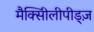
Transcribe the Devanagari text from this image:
मैक्सीिलीपीड्ज़